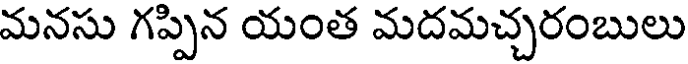
మనసు గప్పిన యంత మదమచ్చరంబులు